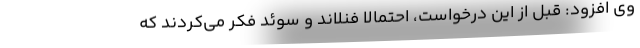
وی افزود: قبل از این درخواست، احتمالا فنلاند و سوئد فکر می‌کردند که